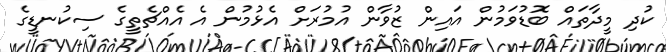
ކުދި މީދާތައް ބޮޑުވަމުން އައިން ޒުވާން އުމުރަށް އެޅުމުން އެ އެއްޗެތީގެ ސިކުނޑީގެ